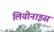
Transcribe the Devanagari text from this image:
लियोनाइस